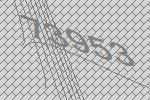
73953